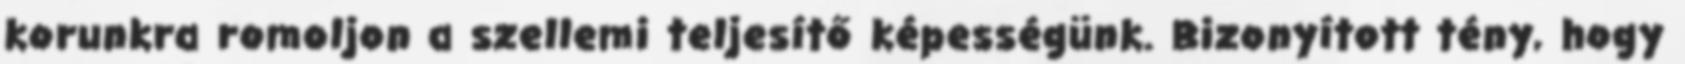
korunkra romoljon a szellemi teljesítő képességünk. Bizonyított tény, hogy